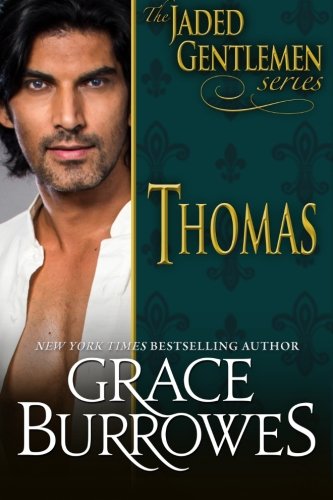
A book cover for Thomas: The Jaded Gentlemen Book 1; Grace Burrowes; Romance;